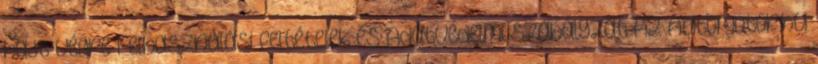
hajt végre Felhasználási feltételek és Adatvédelmi Szabályzat Az Automotor.hu